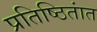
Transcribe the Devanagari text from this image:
प्रतिष्ठितांत